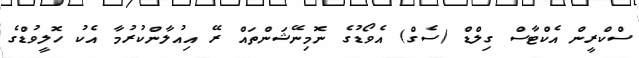
ސްކްރީން އެކްޓާސް ގިލްޑް (ސެގް) އެވޯޑުގެ ނޮމިނޭޝަންތައް ރޭ އިއުލާންކުރުމާ އެކު ހޮލީވުޑްގެ